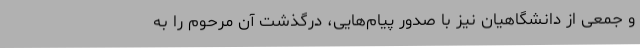
و جمعی از دانشگاهیان نیز با صدور پیام‌هایی، درگذشت آن مرحوم را به